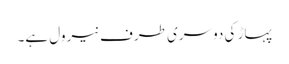
پہاڑ کی دوسری طرف نیرول ہے۔